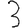
Digit: 3